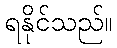
ရနိုင်သည်။